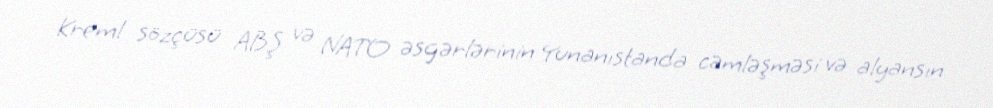
Kreml sözçüsü ABŞ və NATO əsgərlərinin Yunanıstanda cəmləşməsi və alyansın